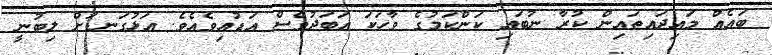
ބައެއް މައިދައިތައިން ކުރާ ނުބައި ކަންކަމުގެ ވާހަކަ އަބަދުވެސް އަޑުއިވެއެވެ. އަޅުގަނޑަށް ލިބުނީ